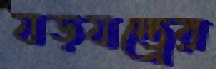
যড়যন্ত্রের